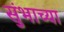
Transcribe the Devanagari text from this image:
सुंभाच्या